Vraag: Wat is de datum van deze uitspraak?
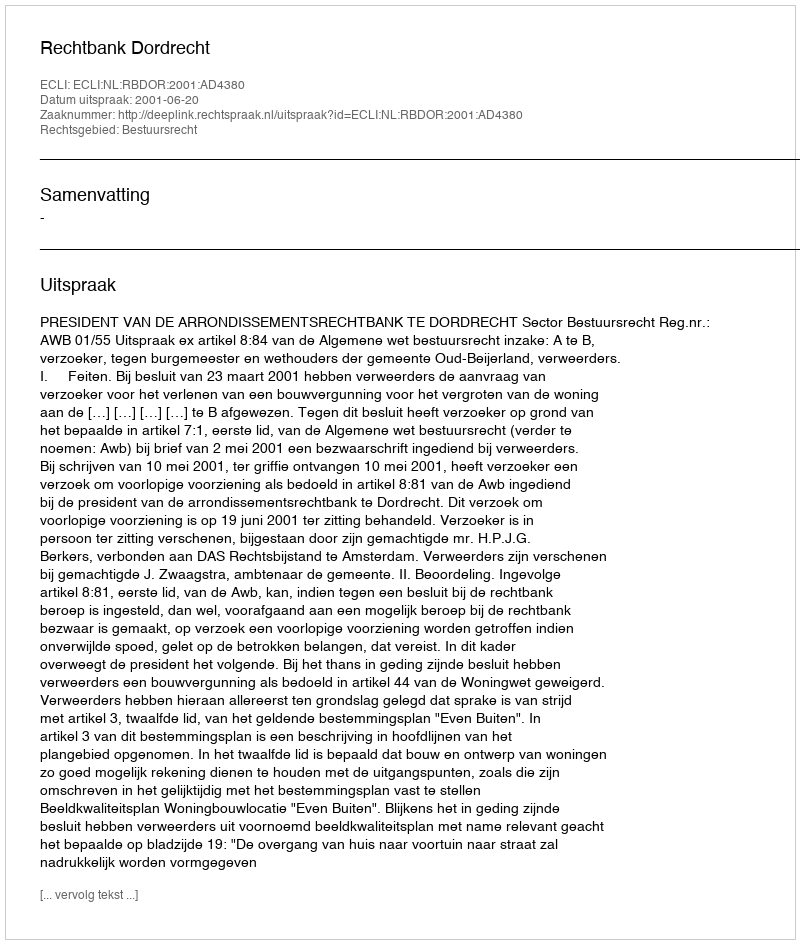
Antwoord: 2001-06-20